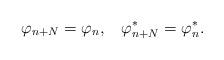
LaTeX: \begin{align*}\varphi_{n+N}=\varphi_{n},\;\;\;\varphi_{n+N}^{*}=\varphi_{n}^{*}.\end{align*}